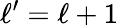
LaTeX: \ell^{\prime}=\ell+1